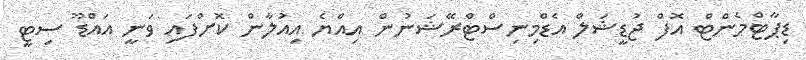
ޑިޕާޓްމެންޓް އޮފް ޖުޑީޝަލް އެޑްމިނިސްޓްރޭޝަނުން އިއްޔެ އިއުލާން ކޮށްފައި ވަނީ އައްޑޫ ސިޓީ